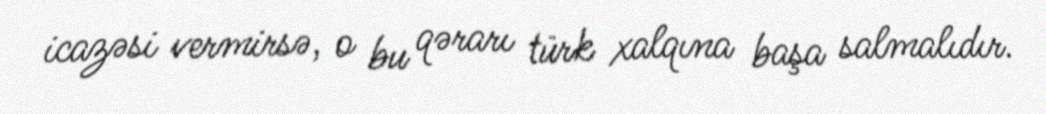
icazəsi vermirsə, o bu qərarı türk xalqına başa salmalıdır.